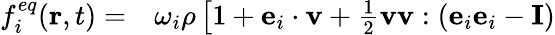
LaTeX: \begin{array}{rl}{f_{i}^{eq}(\mathbf{r},t)=}&{{}\omega_{i}\rho\left[1+\mathbf{e}_{i}\cdot\mathbf{v}+\frac{1}{2}\mathbf{v}\mathbf{v}:(\mathbf{e}_{i}\mathbf{e}_{i}-\mathbf{I})\right.}\end{array}